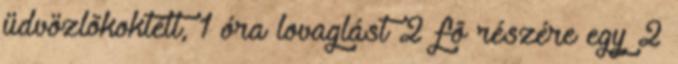
üdvözlõkoktélt, 1 óra lovaglást 2 fõ részére egy 2